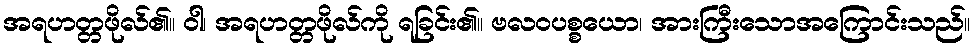
အရဟတ္တဖိုလ်၏။ ဝါ၊ အရဟတ္တဖိုလ်ကို ရခြင်း၏။ ဗလဝပစ္စယော၊ အားကြီးသောအကြောင်းသည်။